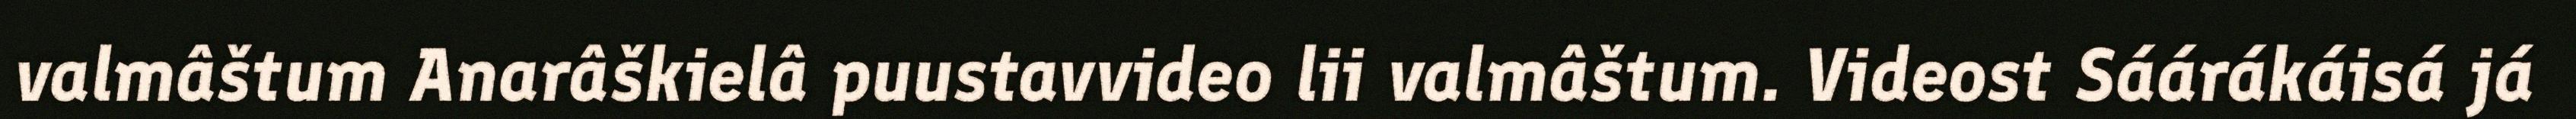
valmâštum Anarâškielâ puustavvideo lii valmâštum. Videost Sáárákáisá já